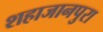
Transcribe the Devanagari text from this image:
शहाजानपुरा